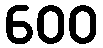
600